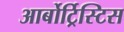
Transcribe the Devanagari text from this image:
आर्बोर्ट्रिस्टिस